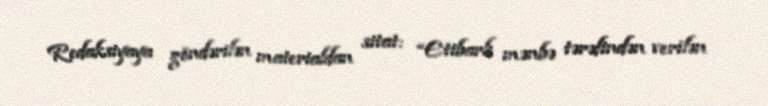
Redaksiyaya göndərilən materialdan sitat: “Etibarlı mənbə tərəfindən verilən